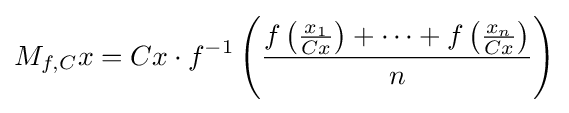
M_{f,C}x=Cx\cdot f^{-1}\left({\frac {f\left({\frac {x_{1}}{Cx}}\right)+\cdots +f\left({\frac {x_{n}}{Cx}}\right)}{n}}\right)